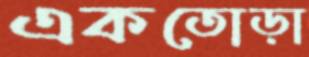
একতোড়া